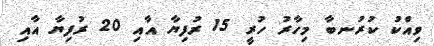
ވިއްކު ކުރުނބާ މިހާރު ހުރީ 15 ރުފިޔާ އާއި 20 ރުފިޔާ އާއި